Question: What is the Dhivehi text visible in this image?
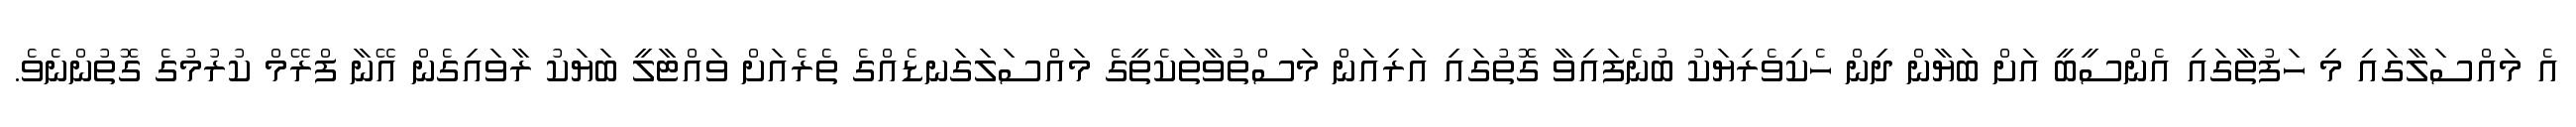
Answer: އެ މައްސަލާގައި މި ހަފުތާގައި އެންސީބީ އަށް ބަޔާން ދިން ހެކިވެރިޔަކު ބުނެފައިވާ ގޮތުގައި އަރިއަން މަސްތުވާތަކެތީގެ މައްސަލަގަނޑެއްގެ ތެރެއަށް ވައްޓާލީ ބަޔަކު ރާވައިގެން އޭނާ ފްރޭމް ކުރުމުގެ ގޮތުންނެވެ.